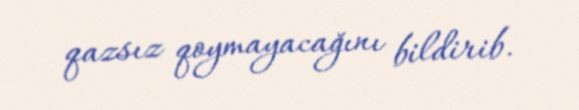
qazsız qoymayacağını bildirib.